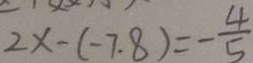
2 x - ( - 7 . 8 ) = - \frac { 4 } { 5 }